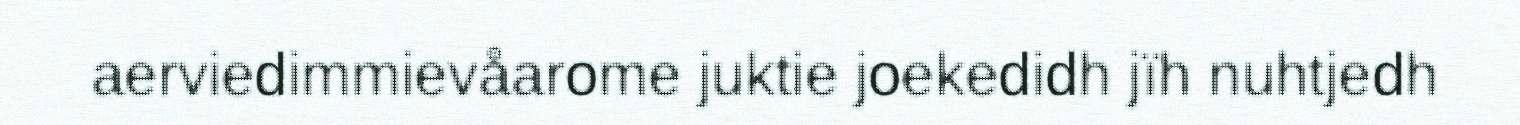
aerviedimmievåarome juktie joekedidh jïh nuhtjedh